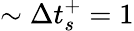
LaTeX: \sim\Delta t_{s}^{+}=1